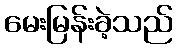
မေးမြန်းခဲ့သည်